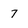
Character: 7